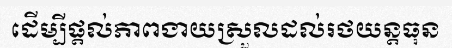
ដើម្បីផ្តល់ភាពងាយស្រួលដល់រថយន្តធុន